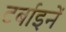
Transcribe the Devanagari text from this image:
टर्बाइनें